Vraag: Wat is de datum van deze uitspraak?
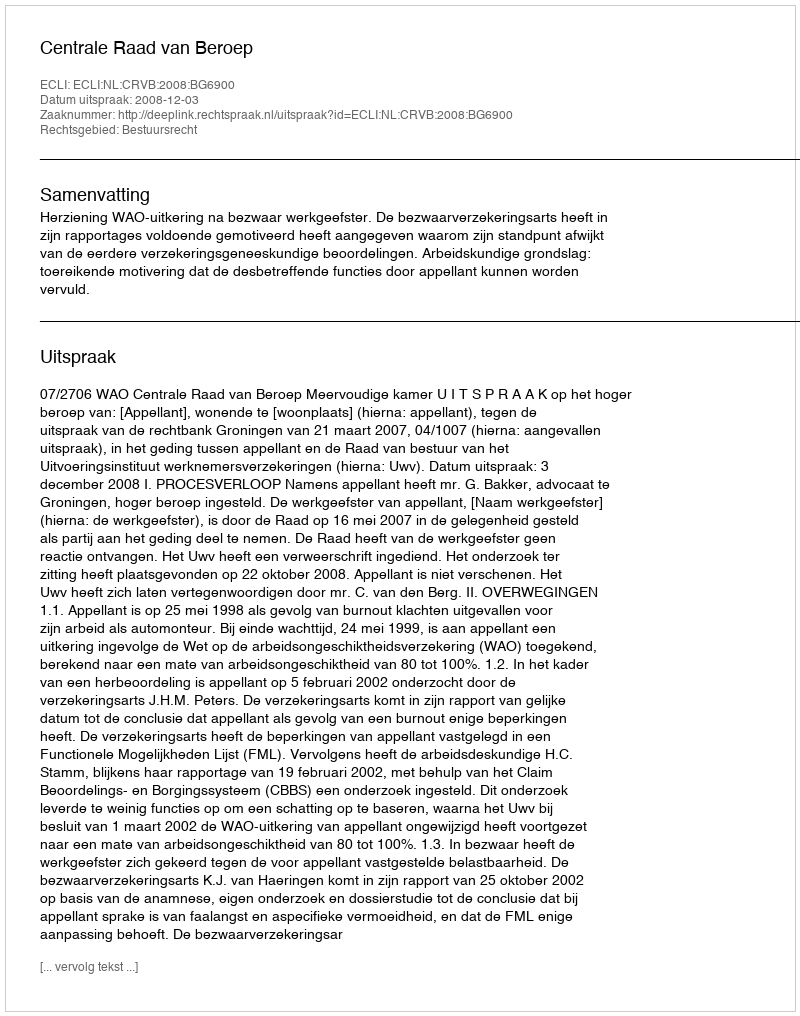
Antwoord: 2008-12-03